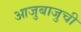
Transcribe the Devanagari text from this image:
आजुबाजुची